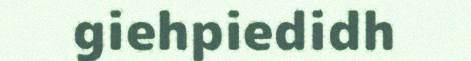
giehpiedidh